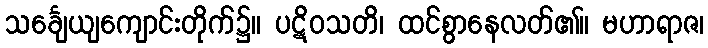
သင်္ချေယျကျောင်းတိုက်၌။ ပဋိဝသတိ၊ ထင်စွာနေလတ်၏။ မဟာရာဇ၊